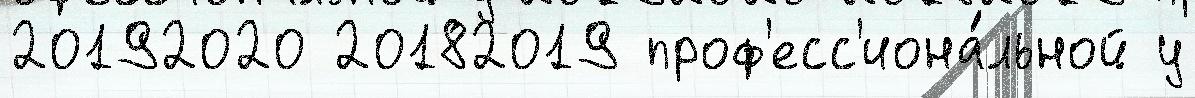
20192020 20182019 проф'есс'иона́льной у